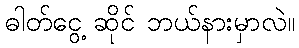
ဓါတ်ငွေ့ ဆိုင် ဘယ်နားမှာလဲ။